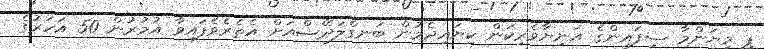
ޕީ މިޔަންމާ ސިފައިންގެ އަނިޔާވެރިކަން ކިޔައިދެމުން ބަނގްލަދޭޝްއަށް އެތެރެވެފައިވާ އުމުރުން 50 އަހަރުގެ